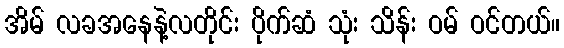
အိမ် လခအနေနဲ့လတိုင်း ပိုက်ဆံ သုံး သိန်း ဝမ် ဝင်တယ်။